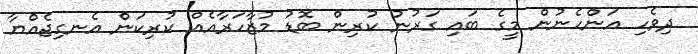
ދިވެހި އަންހެނުން މީގެ ބައި ގަރުނު ކުރިން ބޮޑު މުޒާހަރާއެއް ކުރިކަން އެނގިޖެއްޔާ